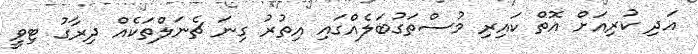
އަދި ކުރިއަށް އޮތް ކައިރި މުސްތަގުބަލެއްގައި އިތުރު ގިނަ ޗެނަލްތަކެއް ދިރާގު ޓިވީ